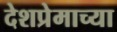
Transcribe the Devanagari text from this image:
देशप्रेमाच्या